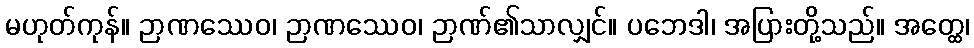
မဟုတ်ကုန်။ ဉာဏဿေဝ၊ ဉာဏဿေဝ၊ ဉာဏ်၏သာလျှင်။ ပဘေဒါ၊ အပြားတို့သည်။ အတ္ထေ၊